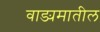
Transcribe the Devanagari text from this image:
वाङ्यमातील